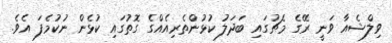
ވިލްޝެއާ ވަނީ ރޭގެ މެޗުގައި ބަދަލު ކުޅުންތެރިއެއްގެ ގޮތުގައި ކުޅެން ނުކުމެފަ އެވެ.